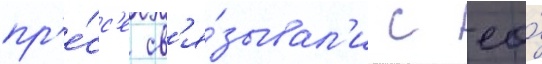
пр'е́сс'е св'я́зывал'и с ео́